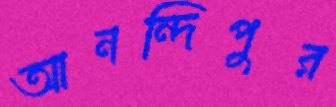
আনন্দিপুর